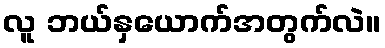
လူ ဘယ်နှယောက်အတွက်လဲ။